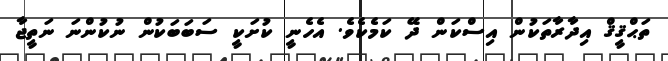
ތަޙްޤީޤް އިދާރާތަކުން އިސްކަން ދޭ ކަމެކެވެ. އެހެނީ ކުށަކީ ސަބަބަކުން ނުކުންނަ ނަތީޖާ